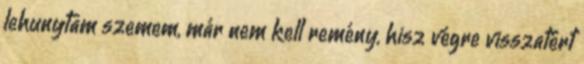
lehunytam szemem, már nem kell remény, hisz végre visszatért